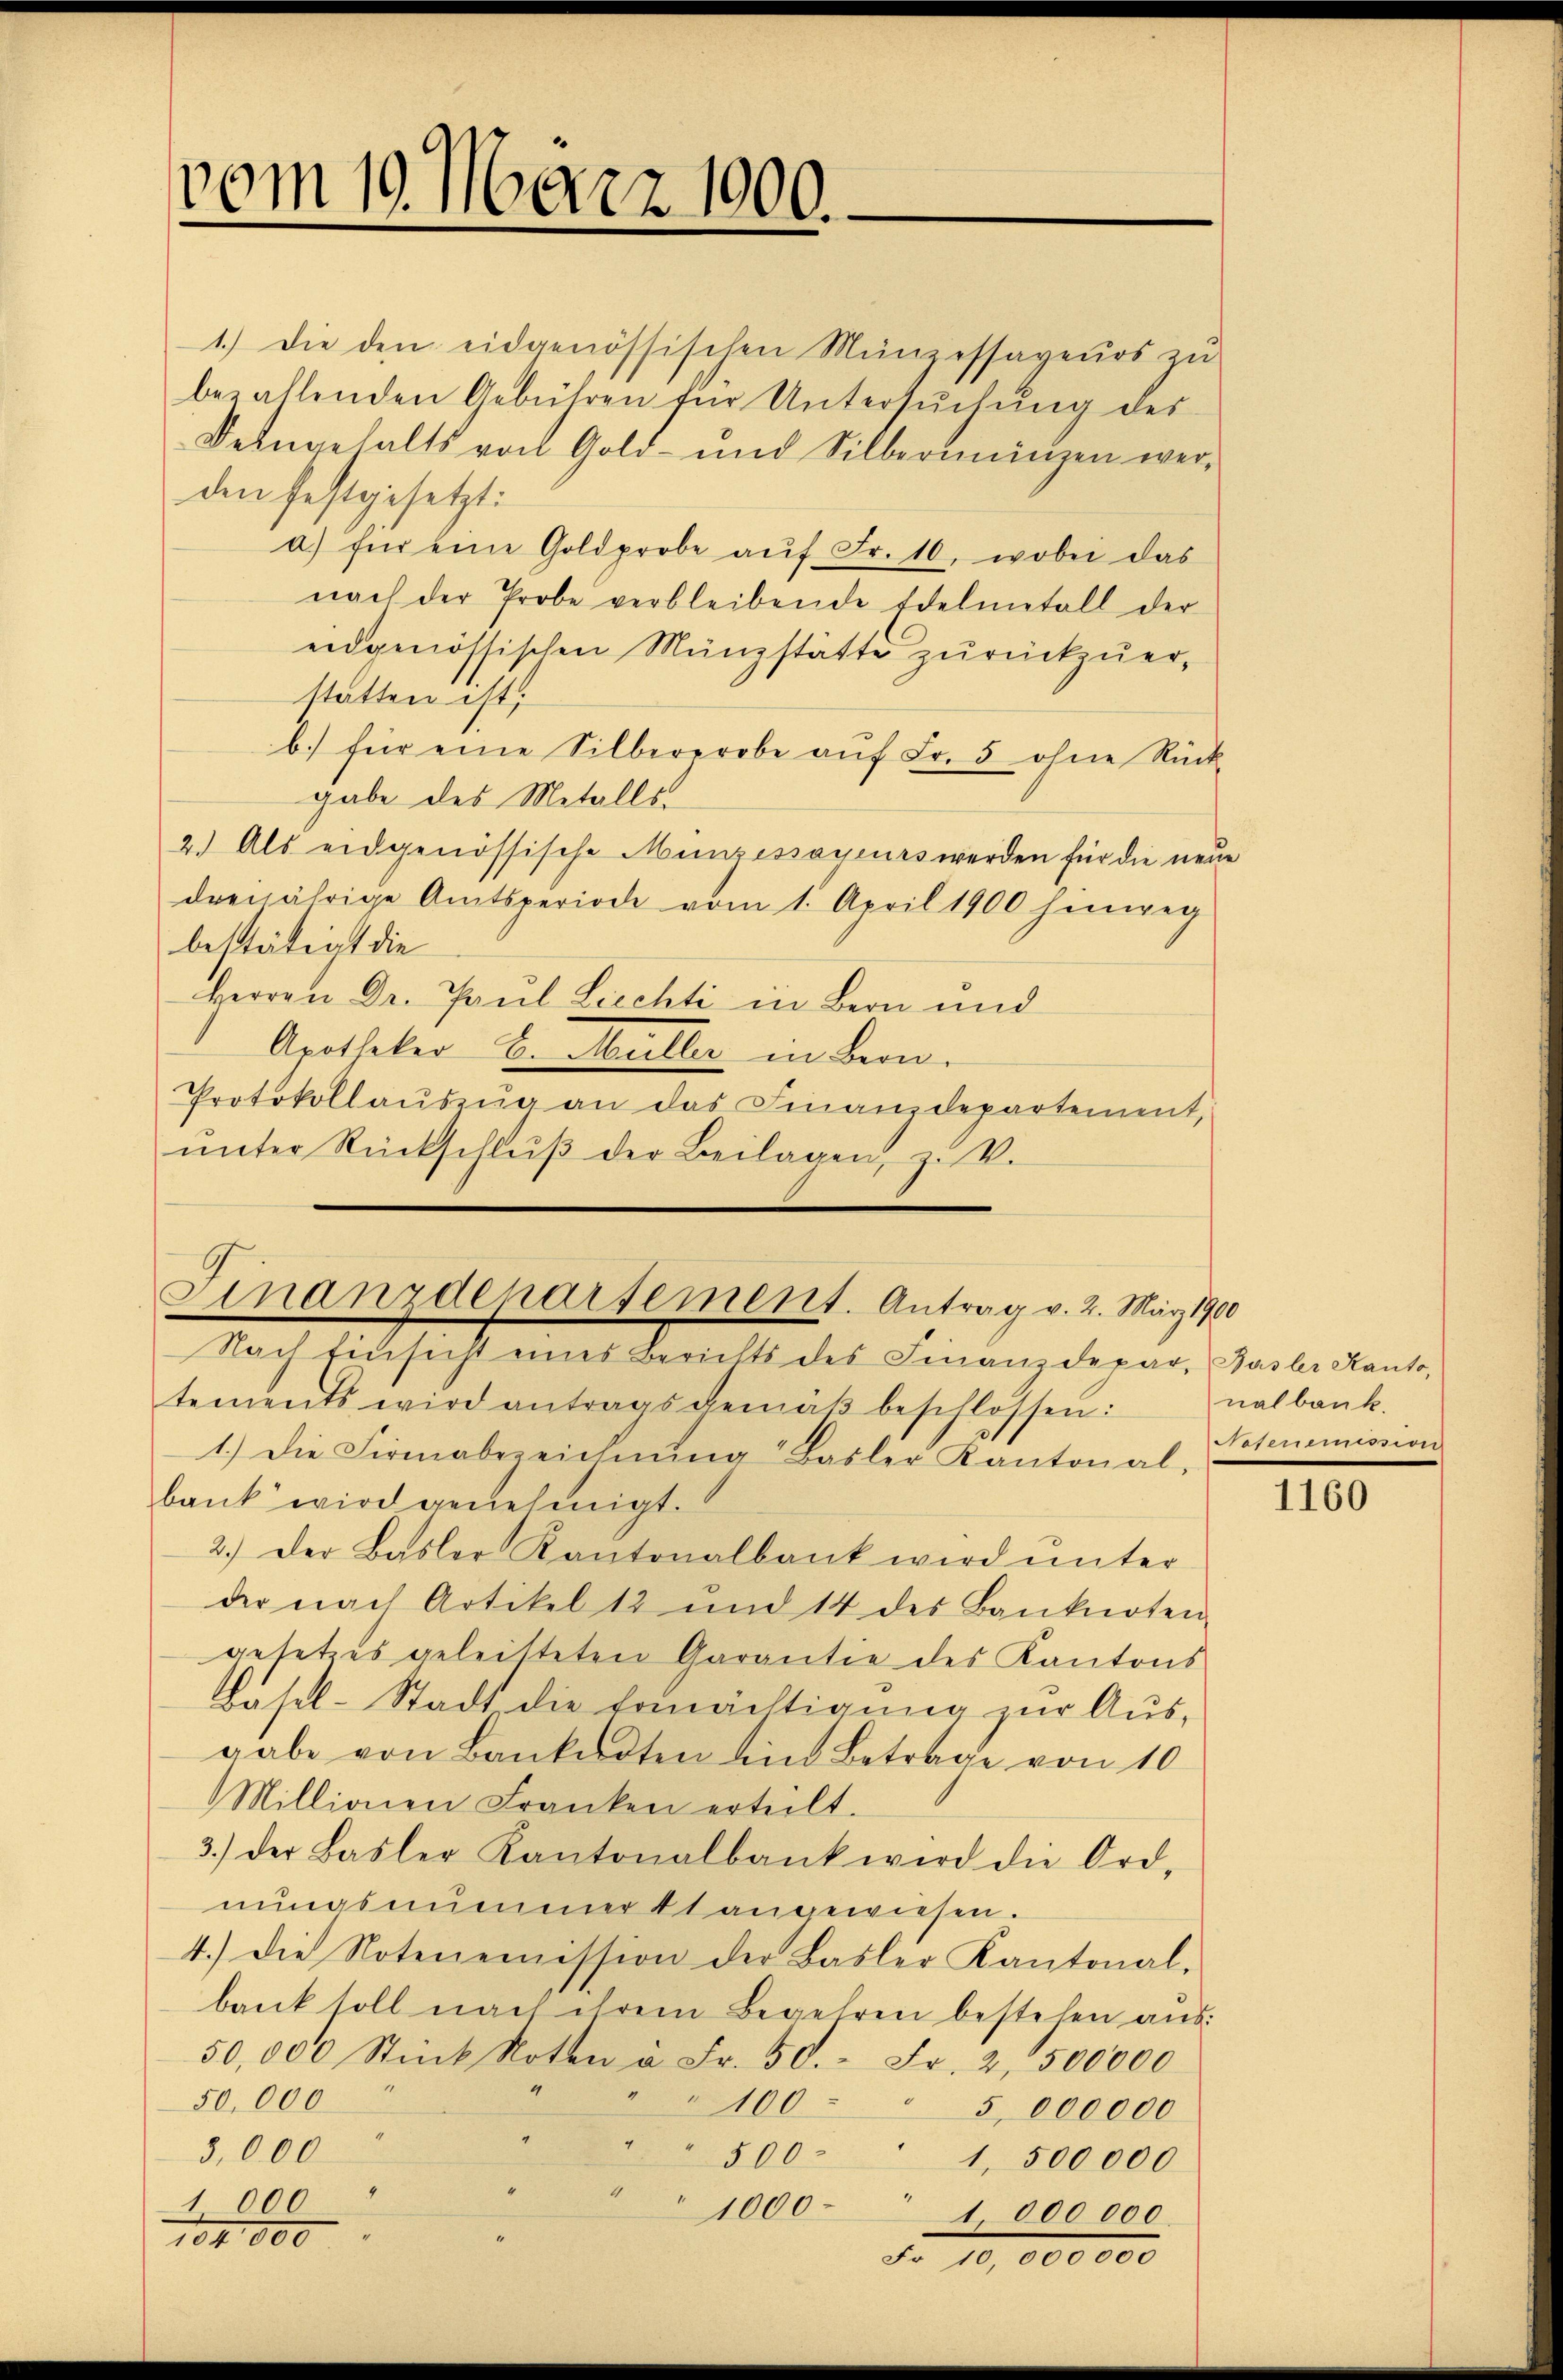
vom 19. März 1000.

den festgesetzt:
eidgenössischen Münzstätte zurückzuer-
statten ist;
b.) für eine Silberprobe aŭf Fr. 5 ohne Rück-
gabe des Metalls.
2.) Als eidgenössische Münzessayeurs werden für die neue
dreijährige Amtsperiode vom 1. April 1900 hinweg
bestätigt die
Herren Dr. Paul Liechti in Bern und
Apotheker C. Müller in Bern.
Protokollauszug an das Finanzdepartement,
unter Rückschluß der Beilagen, z. V.

Finanzdepartement. Antrag v. 2. März 1900

1.) Die den eidgenössischen Münzessaveŭos zŭ
bezahlenden Gebühren für Untersuchung des
Deengehalts vor Gold- und Silberiningen wera) für eine Goldprobe aŭf Fr. 10, wobei das
nach der Probe verbleibende Edelmetall der

Nach Einsicht eines Berichts des Finanzdepar, Basler Kanto,
tements wird antragsgemäβ beschlossen:
1.) Die Firmabezeichnŭng Basler Kantonal-
bank wird genehmigt.
2.) Der Basler Kantonalbank wird ŭnter
der nach Artikel 12 und 14 des Banknoten
gesetzes geleisteten Garantie des Kantons
Basel-Stadt die Ermächtigŭng zŭr Aŭs-
gabe von Bankadten die Betrage von 10
Millionen Franken erteilt.
3.) Der Basler Kantonalbank wird die Ord-
nungsnummer 41 angewiesen.
4.) Die Notenemission der Basler Kantonal-
bank soll nach ihrem Begehren bestehen aŭs
50,000 Stück Noten à Fr. 50.- Fr. 2, 500000
50,000
100 " 5 000000
3,000
500
1,500000
1 000
1000
" 1000000.
104,000
No 10,000 000

nalbank.
Notenemission

1160